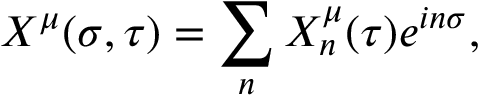
X ^ { \mu } ( \sigma , \tau ) = \sum _ { n } X _ { n } ^ { \mu } ( \tau ) e ^ { i n \sigma } ,